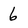
Character: 6